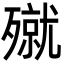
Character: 殧